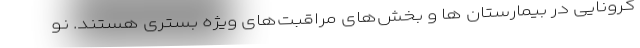
کرونایی در بیمارستان ها و بخش‌های مراقبت‌های ویژه بستری هستند. نو